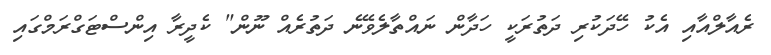
ރެއާލްއާއި އެކު ހޭދަކުރި ދަތުރަކީ ހަދާން ނައްތާލެވޭނެ ދަތުރެއް ނޫން" ކެދީރާ އިންސްޓަގްރަމްގައި